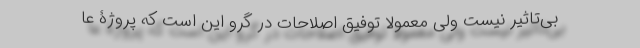
بی‌تاثیر نیست ولی معمولا توفیق اصلاحات در گرو این است که پروژۀ عا